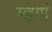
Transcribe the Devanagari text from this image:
म्हणं